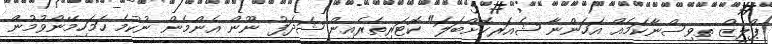
ޕްލީޒް ތިވިސްނާކަމެއް އަހަންނާ ޝެއަރކޮށްބަލަ" ކޮޓަރިތެރެއިން ޝަދަފު ނޫން އެންމެން ނުކުމެ ހަމަހިމޭންވުމުން